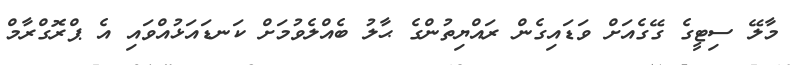
މާލޭ ސިޓީގެ ގޭގެއަށް ވަޑައިގެން ރައްޔިތުންގެ ޙާލު ބެއްލެވުމަށް ކަނޑައަޅުއްވައި އެ ޕްރޮގްރާމް